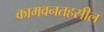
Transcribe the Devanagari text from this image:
कामवनतहसील